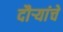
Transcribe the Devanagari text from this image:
दौर्‍यांचे